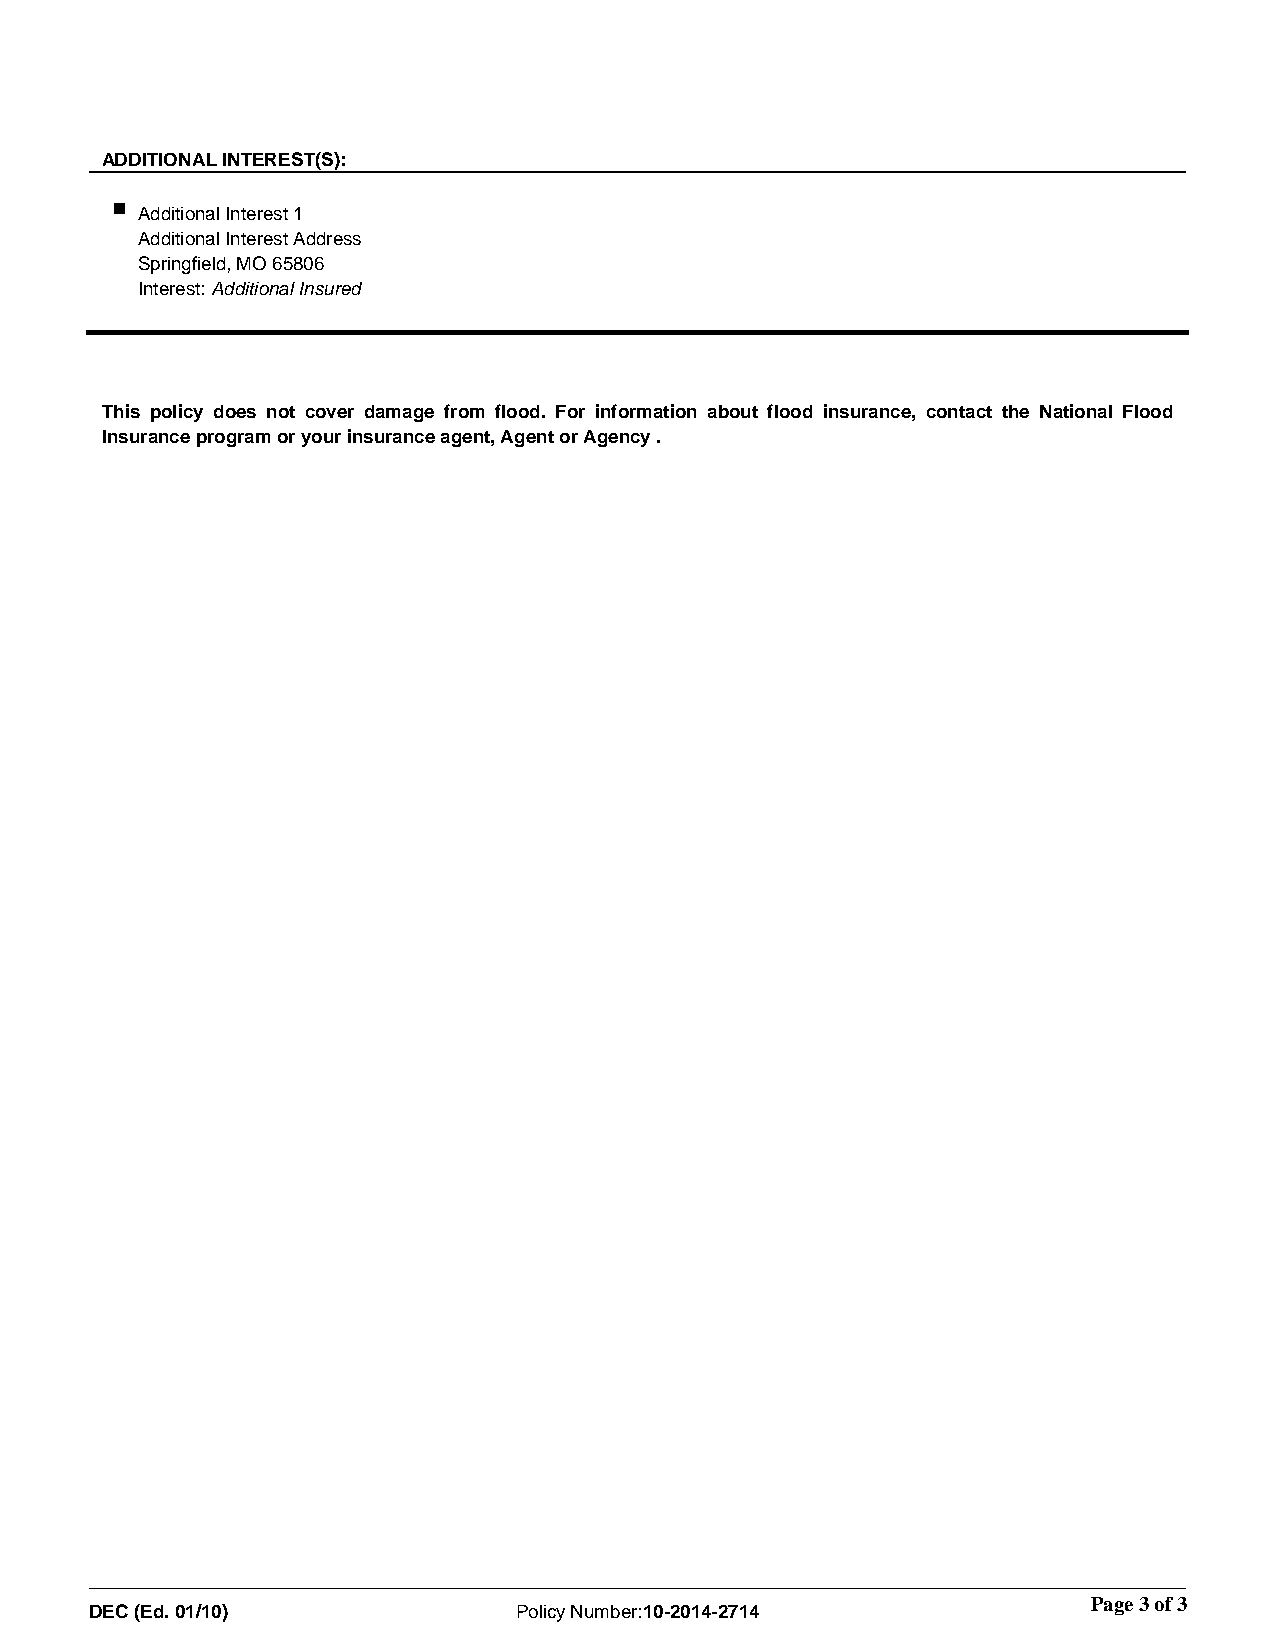
ADDITIONAL INTEREST(S):
 Additional Interest 1
 Additional Interest Address
 Springfield, MO 65806
 Interest: Additional Insured
 This policy does not cover damage from flood. For information about flood insurance, contact the National Flood
 Insurance program or your insurance agent, Agent or Agency .
 Page 3 of 3
 DEC (Ed. 01/10)             Policy Number:10-2014-2714